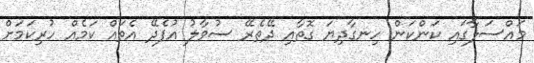
މައްސަލާގައި ކަންކަން ހިނގާދިޔަ ގޮތާއި ދޭތެރޭ ސުވާލު އުފެދޭ އެތައް ކަމެއް ހުރިކަމަށް